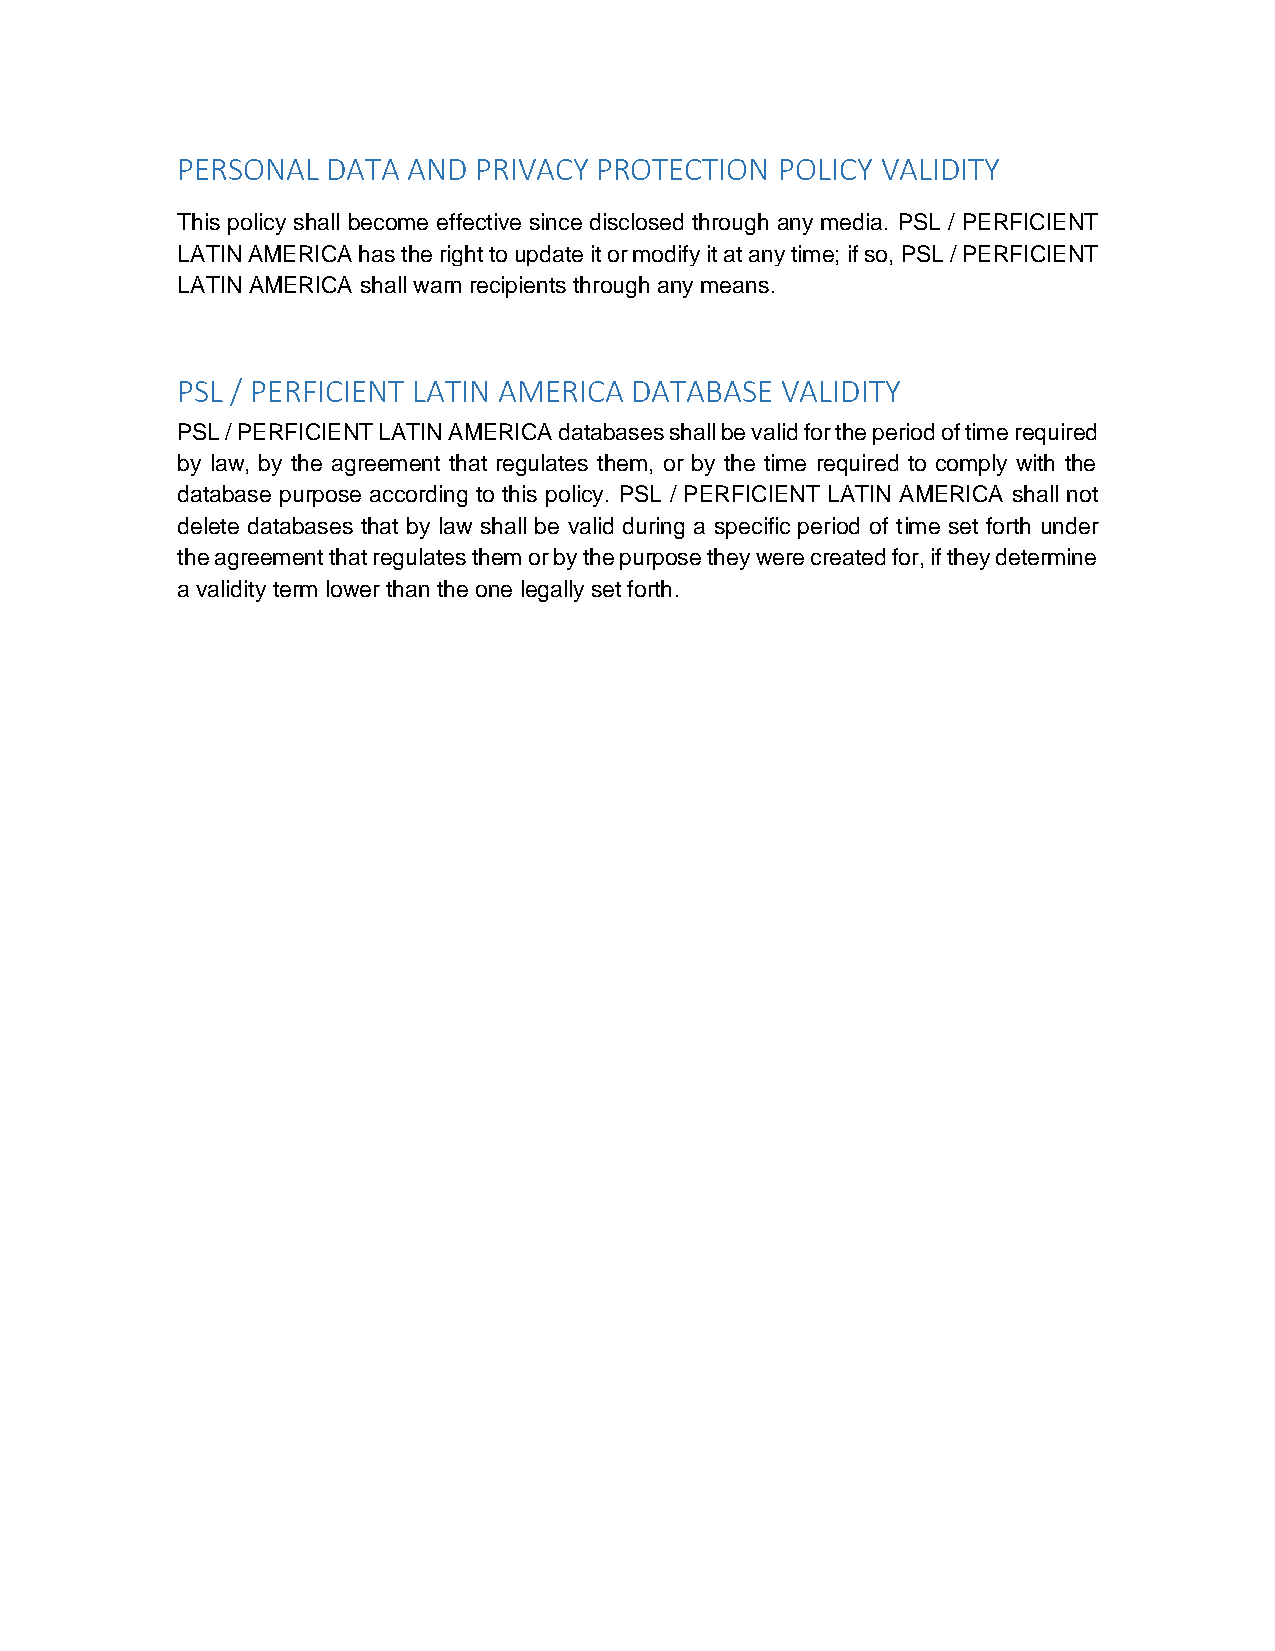
PERSONAL  DATA AND  PRIVACY PROTECTION  POLICY VALIDITY
 This policy shall become effective since disclosed through any media. PSL / PERFICIENT
 LATIN AMERICA has the right to update it or modify it at any time; if so, PSL / PERFICIENT
 LATIN AMERICA shall warn recipients through any means.
 PSL / PERFICIENT LATIN AMERICA DATABASE VALIDITY
 PSL / PERFICIENT LATIN AMERICA databases shall be valid for the period of time required
 by law, by the agreement that regulates them, or by the time required to comply with the
 database purpose according to this policy. PSL / PERFICIENT LATIN AMERICA shall not
 delete databases that by law shall be valid during a specific period of time set forth under
 the agreement that regulates them or by the purpose they were created for, if they determine
 a validity term lower than the one legally set forth.